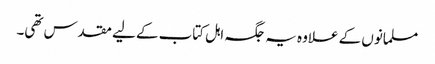
مسلمانوں کے علاوہ یہ جگہ اہل کتاب کے لیے مقدس تھی۔